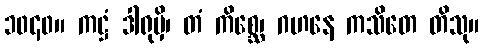
၁၀၄၀။ ကဋ္ဌံ ဒါရုမှိ၊ တံ ကိစ္ဆေ၊ ဂဟနေ ကသိတေ တိသု။